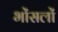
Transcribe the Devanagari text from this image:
भोंसलों